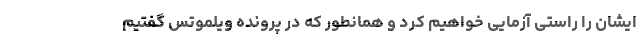
ایشان را راستی آزمایی خواهیم کرد و همانطور که در پرونده ویلموتس گفتیم